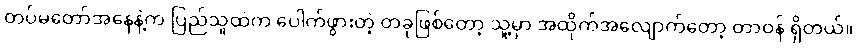
တပ်မတော်အနေနဲ့က ပြည်သူထဲက ပေါက်ဖွားတဲ့ တခုဖြစ်တော့ သူ့မှာ အထိုက်အလျောက်တော့ တာဝန် ရှိတယ်။